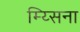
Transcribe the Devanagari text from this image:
म्य्सिना